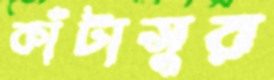
কাঁটাসুর